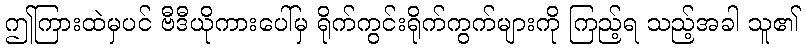
ဤကြားထဲမှပင် ဗီဒီယိုကားပေါ်မှ ရိုက်ကွင်းရိုက်ကွက်များကို ကြည့်ရ သည့်အခါ သူ၏